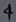
Text: 4